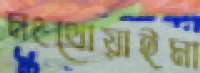
মংথোয়াইমা